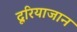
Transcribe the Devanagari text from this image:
दूरियाजान